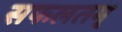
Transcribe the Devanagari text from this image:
सफलतम्